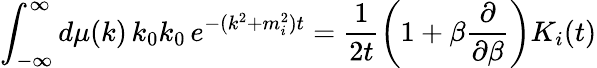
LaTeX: \int_{-\infty}^{\infty}d\mu(k)\, k_{0}k_{0}\, e^{-(k^{2}+m_{i}^{2})t}=\frac 1{2t}\left(1+\beta\frac\partial{\partial\beta}\right)K_{i}(t)